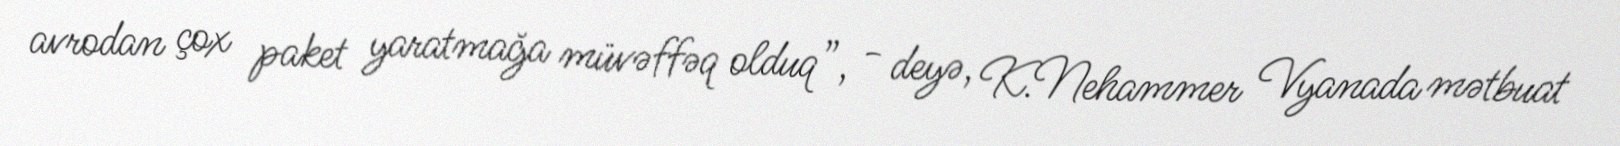
avrodan çox paket yaratmağa müvəffəq olduq”, - deyə, K.Nehammer Vyanada mətbuat